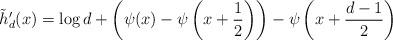
LaTeX: \begin{align*}\tilde{h}_d'(x) = \log d + \left(\psi(x) - \psi\left(x+\frac12\right)\right) - \psi\left(x + \frac{d-1}{2}\right)\end{align*}